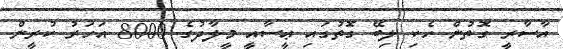
އާސާރީ ގޮތުން ހެކި ލިބޭ ގޮތުގައި ޢީސާއީ މީލާދުގެ 8000 އަހަރު ކުރީން